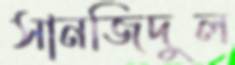
সানজিদুল